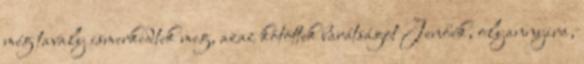
még tavaly ismerkedtek meg, azaz kötöttek barátságot Jenőék, olyannyira,